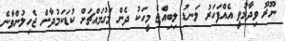
ނޫރޫ ވިދާޅުވީ އެއްފަހަރު ލަނޑު ލިބިއްޖެ މީހަކު ދެން މަގުމައްޗަށް ކުޑަކަމުދާން ޖެހިލުންވާނެ